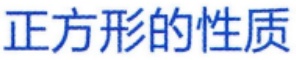
正方形的性质